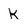
Character: K